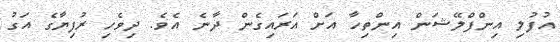
އުފުލި އިންފްލޭޝަން އިންތިހާ އަށް އަރައިގެން ދާނެ އެވެ. ދިވެހި ރުފިޔާގެ އަގު